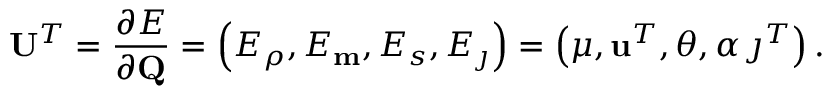
\mathbf { U } ^ { T } = \frac { \partial E } { \partial \mathbf { Q } } = \left( E _ { \rho } , E _ { \mathbf { m } } , E _ { s } , E _ { \j } \right) = \left( \mu , \mathbf { u } ^ { T } , \theta , \alpha \, \j ^ { T } \right) .